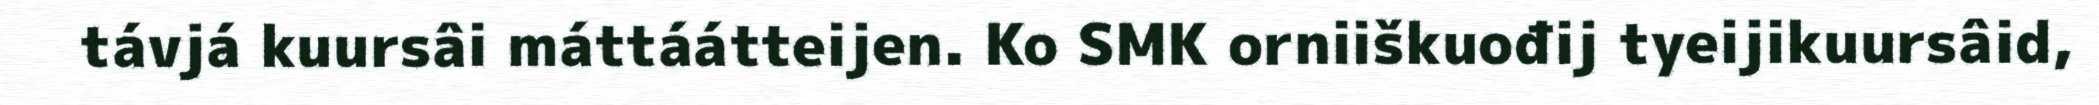
távjá kuursâi máttáátteijen. Ko SMK orniiškuođij tyeijikuursâid,